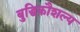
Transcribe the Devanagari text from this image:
बुद्धिकौशल्य